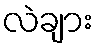
လဲချား